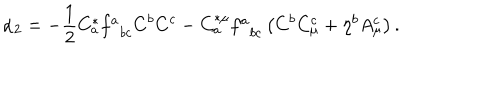
\alpha _ { 2 } = - \frac { 1 } { 2 } C _ { a } ^ { * } f _ { \; \; b c } ^ { a } C ^ { b } C ^ { c } - C _ { a } ^ { * \mu } f _ { \; \; b c } ^ { a } \left( C ^ { b } C _ { \mu } ^ { c } + \eta ^ { b } A _ { \mu } ^ { c } \right) .